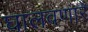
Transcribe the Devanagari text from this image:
घालवणारे